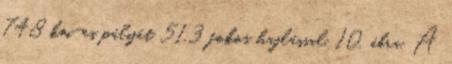
748 km-es pályát 51.3 fokos hajlással. 10. ábra. A